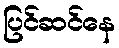
ပြင်ဆင်နေ